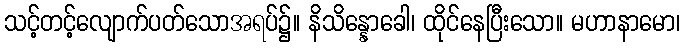
သင့်တင့်လျောက်ပတ်သောအရပ်၌။ နိသိန္နောခေါ၊ ထိုင်နေပြီးသော။ မဟာနာမော၊